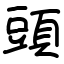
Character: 頭